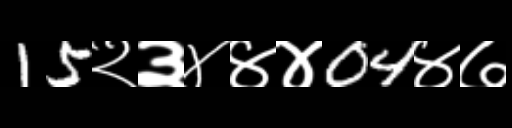
Text: 15२३४४४04४७